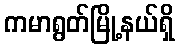
ကမာရွတ်မြို့နယ်ရှိ